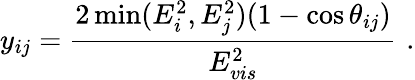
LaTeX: y_{ij}=\frac{2\operatorname*{min}(E_{i}^{2},E_{j}^{2})(1-\cos\theta_{ij})}{E_{vis}^{2}}\, \, .